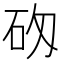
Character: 𥐷